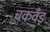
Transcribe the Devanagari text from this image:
चकवँड़